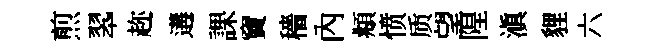
煎翆趂遘課竇穡內頫愤质望隍滇貍六